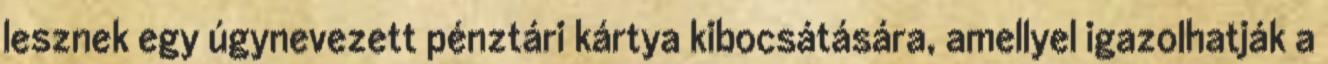
lesznek egy úgynevezett pénztári kártya kibocsátására, amellyel igazolhatják a